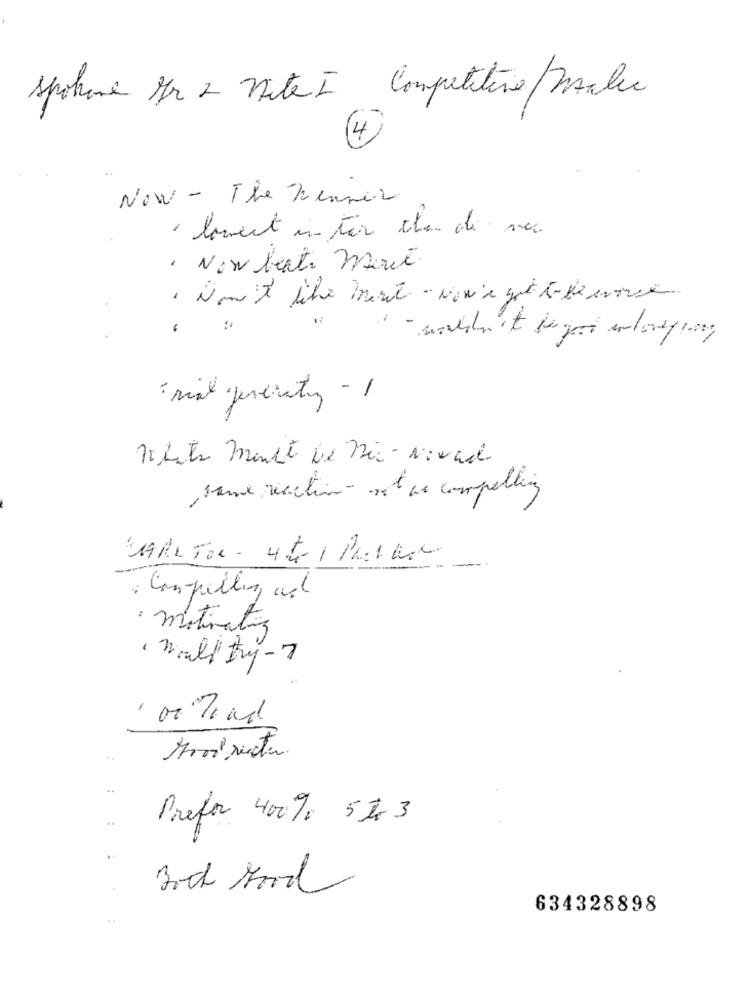
spokane Her 2 niteI Competitive/malec
4
Now - The Wenner
lament in tér chen de sec
· Now beats Mort.
· Won't libre ment - Now's got to be avoce
: rial generaty - 1
Petits moult De Mic - Nivad
same rection- not a compelling
CARLTON - 4 to 1 Pastar
: Compelling und
: motivatiz
100 Road
Prefor 400% 5 to 3
Both Food
634328898